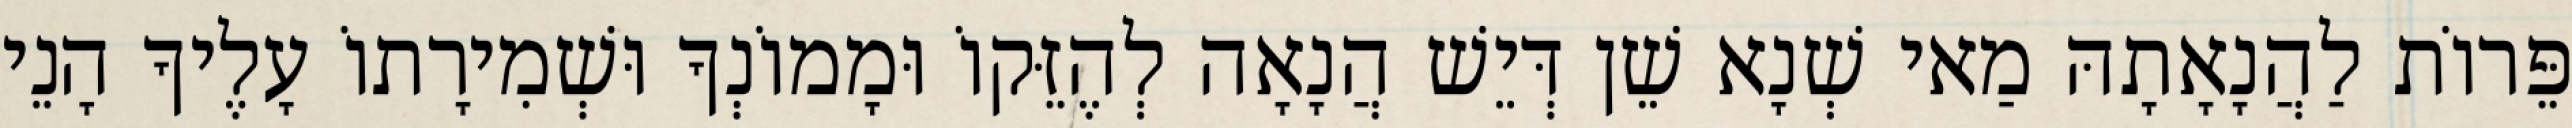
פֵּרוֹת לַהֲנָאָתָהּ מַאי שְׁנָא שֵׁן דְּיֵשׁ הֲנָאָה לְהֶזֵּקוֹ וּמָמוֹנְךָ וּשְׁמִירָתוֹ עָלֶיךָ הָנֵי